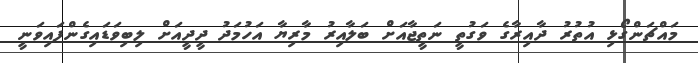
މައްޗަންގޯޅި އުތުރު ދާއިރާގެ ވަގުތީ ނަތީޖާއަށް ބަލާއިރު މާރިޔާ އަހުމަދު ދީދީއަށް ލިބިވަޑައިގެންފައިވަނީ